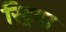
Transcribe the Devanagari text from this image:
स्ट्रिया